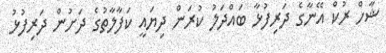
ޝާހް ރުކް އޭނާގެ ދަރިފުޅާ ބައްދަލު ކުރަން ދިޔައީ ކަފާލާތުގެ ދަށުން ދަރިފުޅު